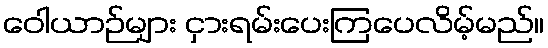
ဝေါယာဉ်များ ငှားရမ်းပေးကြပေလိမ့်မည်။